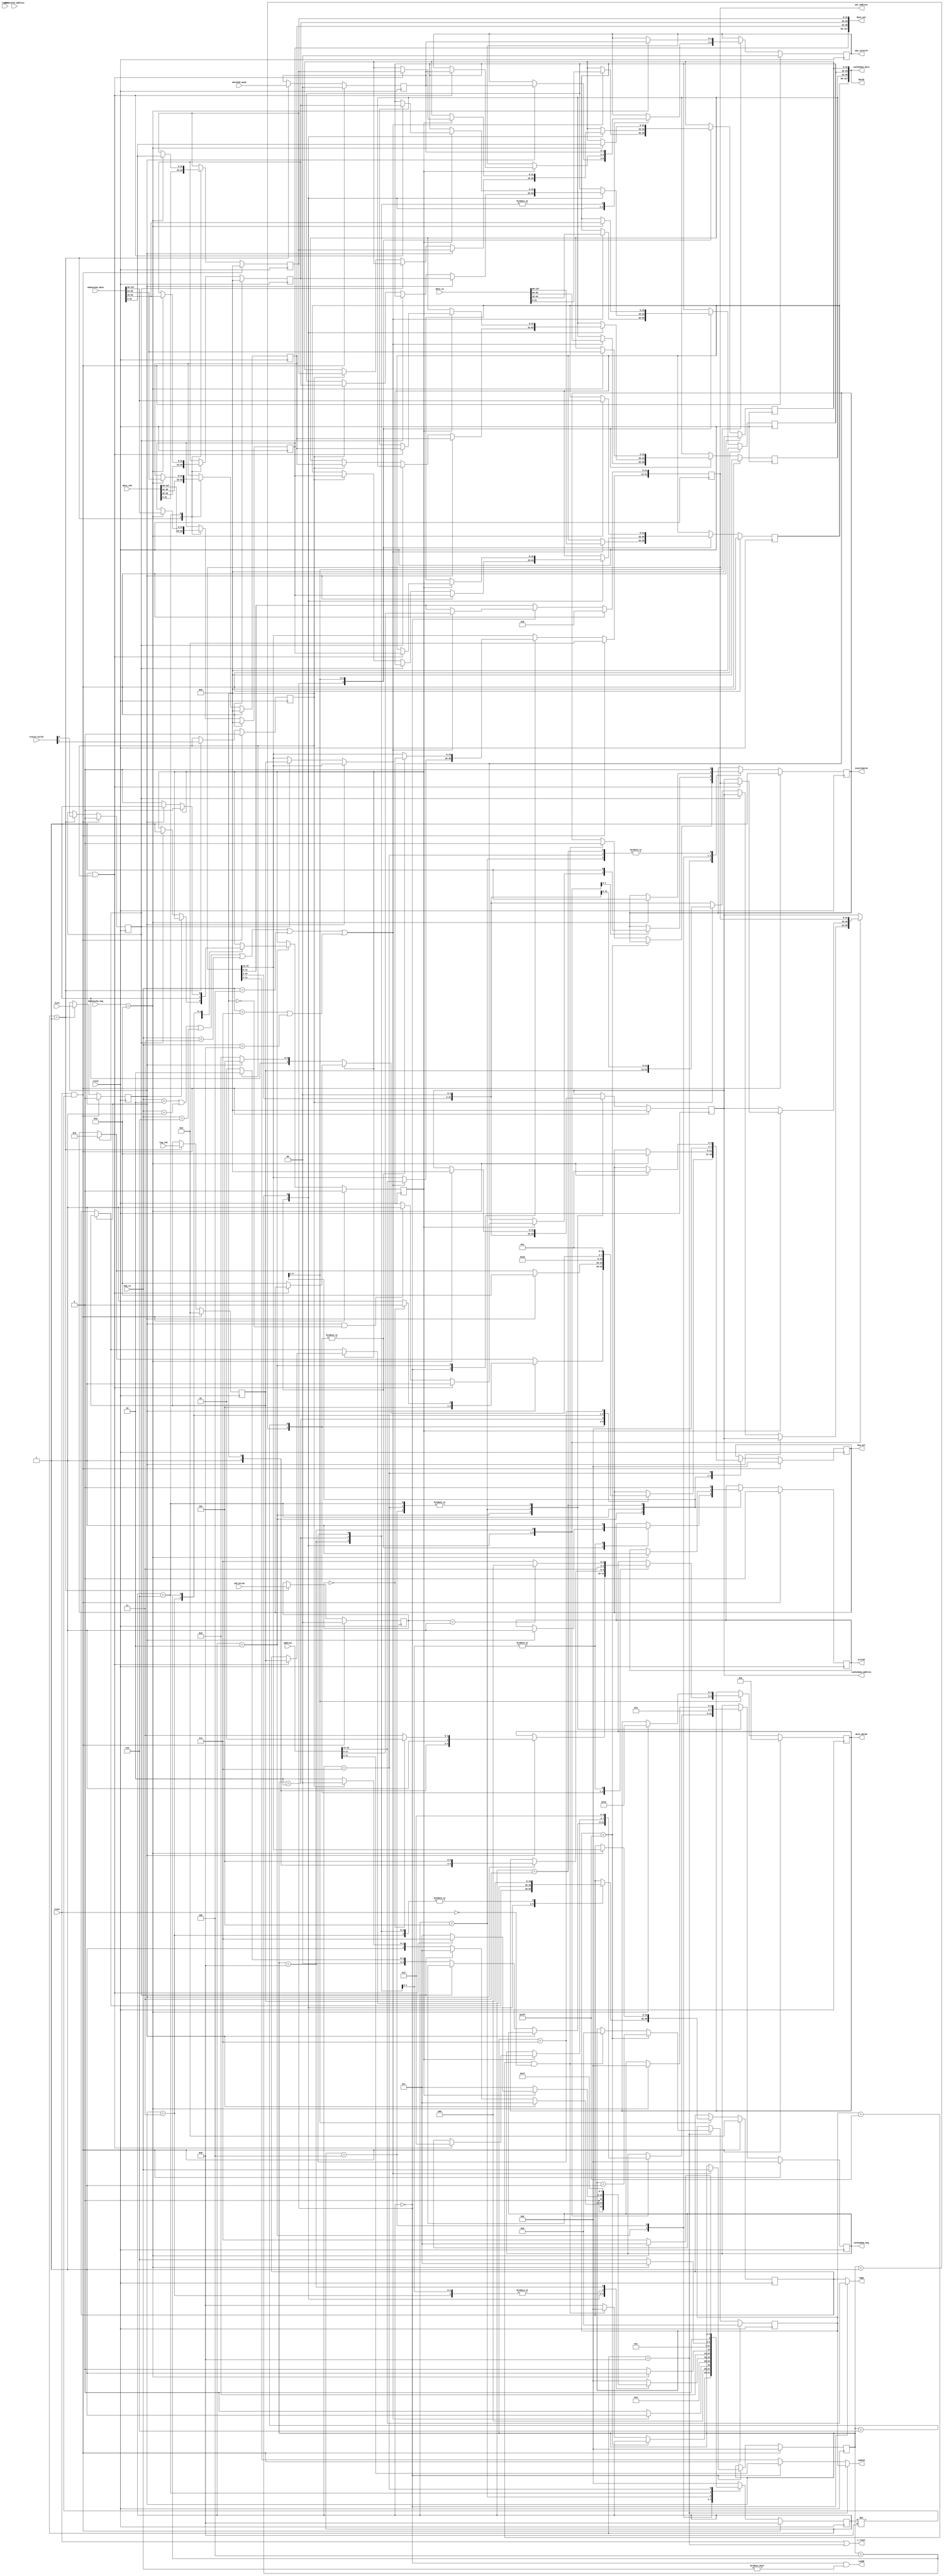
/** @module : Lxcache_controller
 *  @author : Adaptive & Secure Computing Systems (ASCS) Laboratory

 *  Copyright (c) 2018 BRISC-V (ASCS/ECE/BU)
 *  Permission is hereby granted, free of charge, to any person obtaining a copy
 *  of this software and associated documentation files (the "Software"), to deal
 *  in the Software without restriction, including without limitation the rights
 *  to use, copy, modify, merge, publish, distribute, sublicense, and/or sell
 *  copies of the Software, and to permit persons to whom the Software is
 *  furnished to do so, subject to the following conditions:
 *  The above copyright notice and this permission notice shall be included in
 *  all copies or substantial portions of the Software.

 *  THE SOFTWARE IS PROVIDED "AS IS", WITHOUT WARRANTY OF ANY KIND, EXPRESS OR
 *  IMPLIED, INCLUDING BUT NOT LIMITED TO THE WARRANTIES OF MERCHANTABILITY,
 *  FITNESS FOR A PARTICULAR PURPOSE AND NONINFRINGEMENT. IN NO EVENT SHALL THE
 *  AUTHORS OR COPYRIGHT HOLDERS BE LIABLE FOR ANY CLAIM, DAMAGES OR OTHER
 *  LIABILITY, WHETHER IN AN ACTION OF CONTRACT, TORT OR OTHERWISE, ARISING FROM,
 *  OUT OF OR IN CONNECTION WITH THE SOFTWARE OR THE USE OR OTHER DEALINGS IN
 *  THE SOFTWARE.
 */

module Lxcache_controller #(
parameter STATUS_BITS      = 3, // Valid bit + Dirty bit + inclusion bit
          COHERENCE_BITS   = 2,
          OFFSET_BITS      = 2,
          DATA_WIDTH       = 32,
          NUMBER_OF_WAYS   = 4,
          ADDRESS_BITS     = 32,
          INDEX_BITS       = 10,
          MSG_BITS         = 4
)(
clock,
reset,
address,
data_in,
msg_in,
report,
data_out,
out_address,
msg_out,

mem2cache_msg,
mem2cache_address,
mem2cache_data,
cache2mem_msg,
cache2mem_address,
cache2mem_data,

read0, write0, invalidate0,
index0,
tag0,
meta_data0,
data0,
way_select0,
i_reset,
data_in0,
tag_in0,
matched_way0,
coh_bits0,
status_bits0,
hit0
);

//Define the log2 function
function integer log2;
input integer value;
begin
  value = value-1;
  for(log2=0; value>0; log2=log2+1)
    value = value >> 1;
  end
endfunction

localparam CACHE_WORDS = 1 << OFFSET_BITS; //number of words in one line.
localparam CACHE_WIDTH = DATA_WIDTH*CACHE_WORDS;
localparam MBITS       = COHERENCE_BITS + STATUS_BITS;
localparam TAG_BITS    = ADDRESS_BITS - OFFSET_BITS - INDEX_BITS;
localparam WAY_BITS    = (NUMBER_OF_WAYS > 1) ? log2(NUMBER_OF_WAYS) : 1;
localparam CACHE_DEPTH = 1 << INDEX_BITS;

localparam IDLE       = 4'd0,
           READING    = 4'd1,
           SERVING    = 4'd2,
           RESPOND    = 4'd3,
           WRITE_BACK = 4'd4,
           READ_STATE = 4'd5,
           READ_WAIT  = 4'd6,
           FLUSH_WAIT = 4'd7,
           RESET      = 4'd8;

// Define INCLUDE_FILE  to point to /includes/params.h. The path should be
// relative to your simulation/sysnthesis directory. You can add the macro
// when compiling this file in modelsim by adding the following argument to the
// vlog command that compiles this module:
// +define+INCLUDE_FILE="../../../includes/params.h"
//bus messages
localparam NO_REQ     = 4'd0,
           R_REQ      = 4'd1,
           WB_REQ     = 4'd2,
           FLUSH      = 4'd3,
           FLUSH_S    = 4'd4,
           WS_BCAST   = 4'd5,
           RFO_BCAST  = 4'd6,
           C_WB       = 4'd7,
           C_FLUSH    = 4'd8,
           EN_ACCESS  = 4'd9,
           MEM_RESP   = 4'd10,
           MEM_RESP_S = 4'd11,
           MEM_C_RESP = 4'd12,
           REQ_FLUSH  = 4'd13,
           HOLD_BUS   = 4'd14;



// coherence states
localparam INVALID   = 2'b00,
           EXCLUSIVE = 2'b01,
           SHARED    = 2'b11,
           MODIFIED  = 2'b10;

input clock;
input reset;
//signals to/from bus interface
input  [ADDRESS_BITS-1:0] address;
input  [CACHE_WIDTH-1 :0] data_in;
input  [MSG_BITS-1    :0] msg_in;
input  report;
output [CACHE_WIDTH-1 :0] data_out;
output [ADDRESS_BITS-1:0] out_address;
output [MSG_BITS-1    :0] msg_out;
//signals to/from next level cache/memory
input  [MSG_BITS-1    :0] mem2cache_msg;
input  [ADDRESS_BITS-1:0] mem2cache_address;
input  [CACHE_WIDTH-1 :0] mem2cache_data;
output [MSG_BITS-1    :0] cache2mem_msg;
output [ADDRESS_BITS-1:0] cache2mem_address;
output [CACHE_WIDTH-1 :0] cache2mem_data;
//signals to/from cache_memory
output read0, write0, invalidate0;
output [INDEX_BITS-1  :0] index0;
output [TAG_BITS-1    :0] tag0;
output [MBITS-1       :0] meta_data0;
output [CACHE_WIDTH-1 :0] data0;
output [WAY_BITS-1    :0] way_select0;
output i_reset;
input  [CACHE_WIDTH-1 :0] data_in0;
input  [TAG_BITS-1    :0] tag_in0;
input  [WAY_BITS-1    :0] matched_way0;
input  [COHERENCE_BITS-1:0] coh_bits0;
input  [STATUS_BITS-1 :0] status_bits0;
input  hit0;

genvar i;
integer j;

reg [3:0] state;
reg [INDEX_BITS-1:0] reset_counter;
reg read, write, invalidate;
reg [MSG_BITS-1:0] r_msg;
reg [ADDRESS_BITS-1:0] r_address;
reg [DATA_WIDTH-1:0] r_data [CACHE_WORDS-1:0];
reg [DATA_WIDTH-1:0] r_data_out [CACHE_WORDS-1:0];
reg r_hit, r_dirty, r_include;
reg [COHERENCE_BITS-1:0] r_coh_bits;
reg [TAG_BITS-1:0] r_tag, r_tag_out;
reg [WAY_BITS-1:0] r_matched_way, r_way_select;
reg [MSG_BITS-1:0] r_msg_out;
reg [MBITS-1       :0] r_meta_data;
reg [MSG_BITS-1    :0] r_cache2mem_msg;
reg [ADDRESS_BITS-1:0] r_cache2mem_address;
reg flush_active;


wire request;
wire coh_request;
wire read_req, write_req;
wire [DATA_WIDTH-1:0] w_data_in   [CACHE_WORDS-1:0];
wire [DATA_WIDTH-1:0] w_read_data [CACHE_WORDS-1:0];
wire [DATA_WIDTH-1:0] w_mem_data  [CACHE_WORDS-1:0];


//assignments
assign i_reset = reset | (state == RESET);

assign coh_request = (msg_in == C_WB) | (msg_in == C_FLUSH);

assign request = (msg_in == WB_REQ   ) | (msg_in == R_REQ) |
                 (msg_in == RFO_BCAST) | (msg_in == FLUSH) |
                 (msg_in == FLUSH_S  ) | coh_request       ;

assign read_req  = (r_msg == R_REQ) | (r_msg == RFO_BCAST) | (r_msg == FLUSH_S);

assign write_req = (r_msg == C_WB) | (r_msg == C_FLUSH) | (r_msg == WB_REQ) |
                   (r_msg == FLUSH);

generate
  for(i=0; i<CACHE_WORDS; i=i+1)begin:SEPARATE_INPUTS
    assign w_data_in[i]   = data_in[i*DATA_WIDTH +: DATA_WIDTH];
    assign w_read_data[i] = data_in0[i*DATA_WIDTH +: DATA_WIDTH];
    assign w_mem_data[i]  = mem2cache_data[i*DATA_WIDTH +: DATA_WIDTH];
  end
endgenerate


/*FSM*/
always @(posedge clock)begin
  if(reset & (state != RESET))begin
    reset_counter       <= {INDEX_BITS{1'b0}};
    read                <= 1'b0;
    write               <= 1'b0;
    invalidate          <= 1'b1;
    flush_active        <= 1'b0;
    r_cache2mem_msg     <= NO_REQ;
    r_cache2mem_address <= {ADDRESS_BITS{1'b0}};
    r_msg               <= NO_REQ;
    r_address           <= {ADDRESS_BITS{1'b0}};
    r_hit               <= 1'b0;
    r_dirty             <= 1'b0;
    r_include           <= 1'b0;
    r_coh_bits          <= {COHERENCE_BITS{1'b0}};
    r_tag               <= {TAG_BITS{1'b0}};
    r_tag_out           <= {TAG_BITS{1'b0}};
    r_matched_way       <= {WAY_BITS{1'b0}};
    r_way_select        <= {WAY_BITS{1'b0}};
    r_msg_out           <= NO_REQ;
    r_meta_data         <= {MBITS{1'b0}};
    for(j=0; j<CACHE_WORDS; j=j+1)begin
      r_data[j]         <= {DATA_WIDTH{1'b0}};
      r_data_out[j]     <= {DATA_WIDTH{1'b0}};
    end
    state               <= RESET;
  end
  else begin
    case(state)
      RESET:begin
        if(reset_counter < CACHE_DEPTH-1)begin
          reset_counter <= reset_counter + 1;
        end
        else if((reset_counter == CACHE_DEPTH-1) & ~reset)begin
          reset_counter <= {INDEX_BITS{1'b0}};
          invalidate    <= 1'b0;
          state         <= IDLE;
        end
        else
          state <= RESET;
      end
      IDLE:begin
        if(request)begin
          r_msg     <= msg_in;
          r_address <= address;
          for(j=0; j<CACHE_WORDS; j=j+1)begin
            r_data[j] <= w_data_in[j];
          end
          state <= READING;
        end
        else
          state <= IDLE;
      end
      READING:begin
        r_hit         <= hit0;
        r_dirty       <= status_bits0[STATUS_BITS-2];
        r_include     <= status_bits0[STATUS_BITS-3];
        r_coh_bits    <= coh_bits0;
        r_tag         <= tag_in0;
        r_matched_way <= matched_way0;
        for(j=0; j<CACHE_WORDS; j=j+1)begin
          r_data_out[j] <= w_read_data[j];
        end
        state <= SERVING;
      end
      SERVING:begin
        case(r_msg)
          R_REQ:begin
            if(r_hit)begin
              r_msg_out    <= (r_coh_bits==INVALID) ? MEM_RESP : MEM_RESP_S;
              write        <= 1'b1;
              r_tag_out    <= r_tag;
              r_way_select <= r_matched_way;
              r_meta_data  <= (r_coh_bits == INVALID) ? 
                              {1'b1, r_dirty, 1'b1, EXCLUSIVE} :
                              {1'b1, r_dirty, 1'b1, SHARED   } ;
              for(j=0; j<CACHE_WORDS; j=j+1)begin
                r_data[j] <= r_data_out[j];
              end
              state <= RESPOND;
            end
            else begin
              if(r_include)begin
                flush_active                          <= 1'b1;
                r_msg_out                             <= REQ_FLUSH;
                r_address[ADDRESS_BITS-1 -: TAG_BITS] <= r_tag;
                state                                 <= RESPOND;
              end
              else if(r_dirty)begin
                r_cache2mem_msg     <= WB_REQ;
                r_cache2mem_address <= {r_tag, r_address[OFFSET_BITS +: 
                                       INDEX_BITS], {OFFSET_BITS{1'b0}}};
                for(j=0; j<CACHE_WORDS; j=j+1)begin
                  r_data[j] <= r_data_out[j];
                end
                state               <= WRITE_BACK;
              end
              else begin
                r_cache2mem_msg     <= R_REQ;
                r_cache2mem_address <= {r_address[ADDRESS_BITS-1:OFFSET_BITS], 
                                       {OFFSET_BITS{1'b0}}};
                state               <= READ_WAIT;
              end
            end
          end
          RFO_BCAST:begin
            if(r_hit)begin
              r_msg_out <= MEM_RESP;
              write     <= 1'b1;
              r_tag_out    <= r_tag;
              r_way_select <= r_matched_way;
              r_meta_data  <= {1'b1, r_dirty, 1'b1, EXCLUSIVE};
              for(j=0; j<CACHE_WORDS; j=j+1)begin
                r_data[j] <= r_data_out[j];
              end
              state <= RESPOND;
            end
            else begin
              if(r_include)begin
                flush_active                          <= 1'b1;
                r_msg_out                             <= REQ_FLUSH;
                r_address[ADDRESS_BITS-1 -: TAG_BITS] <= r_tag;
                state                                 <= RESPOND;
              end
              else if(r_dirty)begin
                r_cache2mem_msg     <= WB_REQ;
                r_cache2mem_address <= {r_tag, r_address[OFFSET_BITS +: 
                                       INDEX_BITS], {OFFSET_BITS{1'b0}}};
                for(j=0; j<CACHE_WORDS; j=j+1)begin
                  r_data[j] <= r_data_out[j];
                end
                state               <= WRITE_BACK;
              end
              else begin
                r_cache2mem_msg     <= R_REQ;
                r_cache2mem_address <= {r_address[ADDRESS_BITS-1:OFFSET_BITS], 
                                       {OFFSET_BITS{1'b0}}};
                state               <= READ_WAIT;
              end
            end
          end
          WB_REQ:begin
            write         <= 1'b1;
            r_tag_out     <= r_tag;
            r_way_select  <= r_matched_way;
            r_meta_data   <= (r_coh_bits == EXCLUSIVE) ? {3'b110, INVALID} :
                             {3'b111, SHARED};
            r_msg_out     <= MEM_RESP;
            state         <= RESPOND;
          end
          FLUSH:begin
            flush_active <= 1'b1;
            r_tag_out    <= r_tag;
            r_msg_out    <= REQ_FLUSH;
            state        <= RESPOND;
          end
          FLUSH_S:begin
            if(flush_active)begin
              if(r_hit & r_dirty)begin
                invalidate          <= 1'b1;
                r_tag_out           <= r_tag;
                r_way_select        <= r_matched_way;
                r_cache2mem_address <= r_address;
                for(j=0; j<CACHE_WORDS; j=j+1)begin
                  r_data[j] <= r_data_out[j];
                end
                r_cache2mem_msg     <= FLUSH;
                flush_active        <= 1'b0;
                state               <= FLUSH_WAIT;
              end
              else if(r_hit & ~r_dirty)begin
                invalidate   <= 1'b1;
                r_msg_out    <= MEM_RESP;
                flush_active <= 1'b0;
                state        <= RESPOND;
              end
              /**/
              else begin
                r_msg_out    <= MEM_RESP;
                flush_active <= 1'b0;
                state        <= RESPOND;
              end
            end
            else begin
              if(r_hit)begin
                flush_active <= 1'b1;
                r_tag_out    <= r_tag;
                r_msg_out    <= REQ_FLUSH;
                state        <= RESPOND;
              end
              else begin
                r_msg_out <= MEM_RESP;
                state     <= RESPOND;
              end
            end
          end
          C_WB:begin
            write         <= 1'b1;
            r_tag_out     <= r_tag;
            r_way_select  <= r_matched_way;
            r_meta_data   <= (r_coh_bits == EXCLUSIVE) ? {3'b110, INVALID} :
                             {3'b111, SHARED};
            r_msg_out     <= MEM_C_RESP;
            state         <= RESPOND;
          end
          C_FLUSH:begin
            invalidate          <= 1'b1;
            r_tag_out           <= r_tag;
            r_way_select        <= r_matched_way;
            r_cache2mem_address <= r_address;
            r_cache2mem_msg     <= FLUSH;
            state               <= FLUSH_WAIT;
          end
          default:begin
            state <= IDLE;
          end
        endcase
      end
      WRITE_BACK:begin
        if(mem2cache_msg == MEM_RESP)begin
          r_cache2mem_msg     <= NO_REQ;
          r_cache2mem_address <= {ADDRESS_BITS{1'b0}};
          invalidate          <= 1'b1;
          state               <= READ_STATE;
        end
        else
          state <= WRITE_BACK;
      end
      READ_STATE:begin
        invalidate          <= 1'b0;
        r_cache2mem_msg     <= R_REQ;
        r_cache2mem_address <= {r_address[ADDRESS_BITS-1:OFFSET_BITS], 
                               {OFFSET_BITS{1'b0}}};
        state               <= READ_WAIT;
      end
      READ_WAIT:begin
        if(mem2cache_msg == MEM_RESP)begin
          r_msg_out <= MEM_RESP;
          for(j=0; j<CACHE_WORDS; j=j+1)begin
            r_data[j]     <= w_mem_data[j];
            r_data_out[j] <= w_mem_data[j];
          end
          r_tag_out           <= r_address[ADDRESS_BITS-1 -: TAG_BITS];
          r_way_select        <= r_matched_way;
          r_meta_data         <= {3'b101, EXCLUSIVE};
          write               <= 1'b1;
          r_cache2mem_msg     <= NO_REQ;
          r_cache2mem_address <= {ADDRESS_BITS{1'b0}};
          state               <= RESPOND;
        end
        else
          state <= READ_WAIT;
      end
      RESPOND:begin
        write      <= 1'b0;
        invalidate <= 1'b0;
        r_msg_out  <= NO_REQ;
        state      <= IDLE;
      end
      FLUSH_WAIT:begin
        invalidate          <= 1'b0;
        if(mem2cache_msg == MEM_RESP)begin
          r_msg_out           <= MEM_C_RESP;
          r_cache2mem_msg     <= NO_REQ;
          r_cache2mem_address <= {ADDRESS_BITS{1'b0}};
          state               <= RESPOND;
        end
        else
          state <= FLUSH_WAIT;
      end
      default:begin
        state <= IDLE;
      end
    endcase
  end
end

//assign outputs
assign read0       = (state == IDLE) & (msg_in != NO_REQ);
assign write0      = write;
assign invalidate0 = invalidate;
assign tag0        = (state == IDLE) ? address[ADDRESS_BITS-1 -: TAG_BITS] : 
                     r_tag_out;
assign meta_data0  = r_meta_data;
assign way_select0 = r_way_select;

assign index0 = (state == RESET) ? reset_counter :
                (state == IDLE ) ? address[OFFSET_BITS +: INDEX_BITS] :
                r_address[OFFSET_BITS +: INDEX_BITS];

assign msg_out     = r_msg_out;
assign out_address = r_address;

generate
  for(i=0; i<CACHE_WORDS; i=i+1)begin: DATAOUT
    assign data_out[i*DATA_WIDTH +: DATA_WIDTH] = r_data_out[i]; 
  end
  for(i=0; i<CACHE_WORDS; i=i+1)begin: C2MDATA
    assign cache2mem_data[i*DATA_WIDTH +: DATA_WIDTH] = r_data[i]; 
  end
  for(i=0; i<CACHE_WORDS; i=i+1)begin: DATA0
    assign data0[i*DATA_WIDTH +: DATA_WIDTH] = r_data[i]; 
  end
endgenerate

assign cache2mem_msg     = r_cache2mem_msg;
assign cache2mem_address = r_cache2mem_address;


endmodule